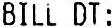
BILL DT: